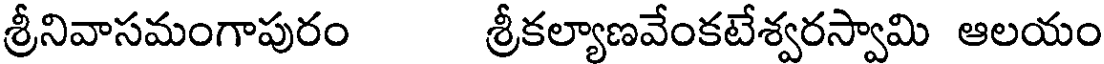
శ్రీనివాసమంగాపురం శ్రీకల్యాణవేంకటేశ్వరస్వామి ఆలయం